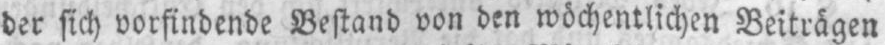
der sich vorfindende Bestand von den wöchentlichen Beiträgen